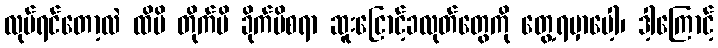
လုပ်ရင်တော့လဲ ထိမိ တိုက်မိ ခိုက်မိစရာ ဆူးငြောင့်ခလုတ်တွေကို တွေ့ရမှာပေါ့၊ ဒါ့ကြောင့်